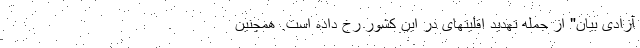
آزادی بیان" از جمله تهدید اقلیتهای در این کشور رخ داده است. همچنین